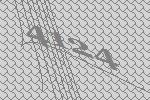
4124